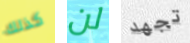
كذلك لن تجهد